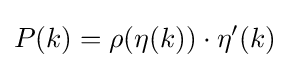
P(k)=\rho (\eta (k))\cdot \eta '(k)